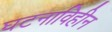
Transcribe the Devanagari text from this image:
घटनाविहीन